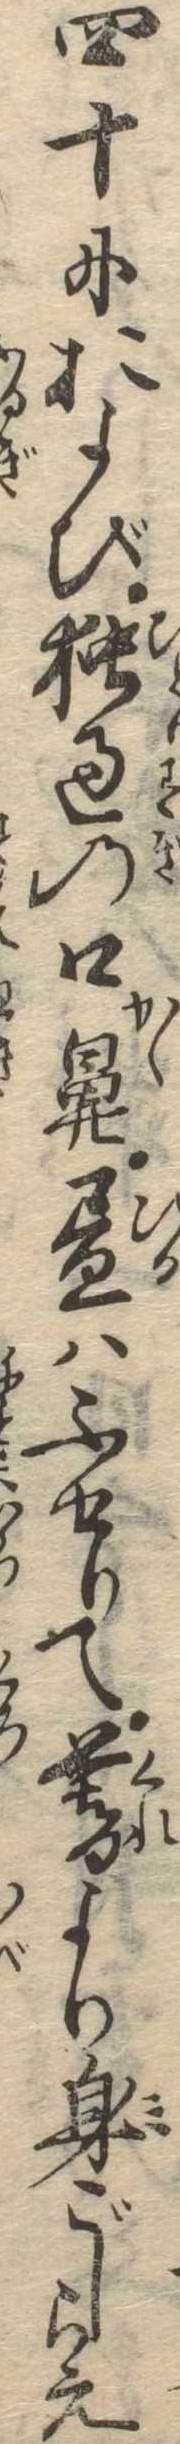
四十におよび独過の口鼻昼はふせりて暮より身ごしらえ